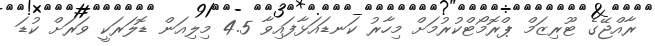
ރާއްޖޭގެ ޓޫރިޒަމް ޕްރޮމޯޓްކުރުމަށް މިހާރު ކަނޑައަޅާފައިވާ 4.5 މިލިއަން ޑޮލަރަކީ ވަރަށް ކުޑަ